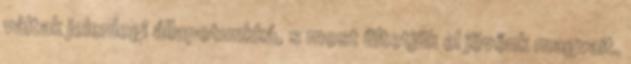
váltak jelenlegi állapotunkká, s most ültetjük el jövőnk magvait.